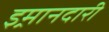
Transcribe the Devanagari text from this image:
इ्रमानदारी